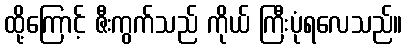
ထို့ကြောင့် ဇီးကွက်သည် ကိုယ် ကြီးပုံရလေသည်။